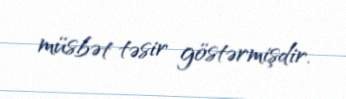
müsbət təsir göstərmişdir.